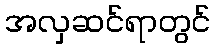
အလှဆင်ရာတွင်